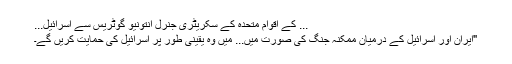
... کے اقوام متحدہ کے سکریٹری جنرل انتونیو گوٹریس سے اسرائیل...
"ایران اور اسرائیل کے درمیان ممکنہ جنگ کی صورت میں... میں وہ یقینی طور پر اسرائیل کی حمایت کریں گے۔